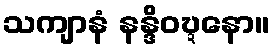
သကျာနံ နန္ဒိဝဎ္ဍနော။